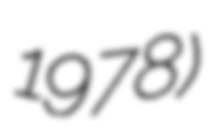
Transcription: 1978)